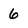
Character: 6